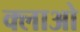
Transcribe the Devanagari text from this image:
क्लाओ